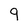
Character: 9